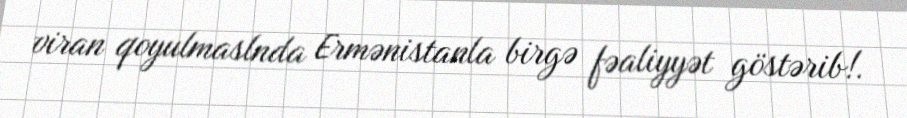
viran qoyulmaslnda Ermənistanla birgə fəaliyyət göstərib!.